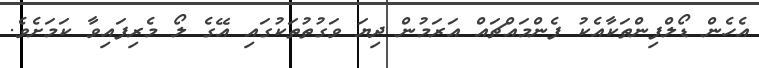
އެހެން ޑޯލްފިންތަކާއެކު ފެންމައްޗައް އަރަމުން ދިޔަ ވަގުތުތަކުގައި އޭގެ ލޯ މެރިފައިވާ ކަމަށެވެ.